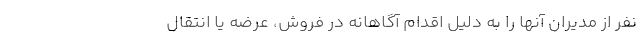
نفر از مدیران آنها را به دلیل اقدام آگاهانه در فروش، عرضه یا انتقال